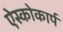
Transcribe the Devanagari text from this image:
ऐस्कोकार्प